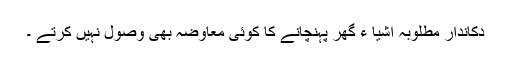
دکاندار مطلوبہ اشیا ء گھر پہنچانے کا کوئی معاوضہ بھی وصول نہیں کرتے ۔